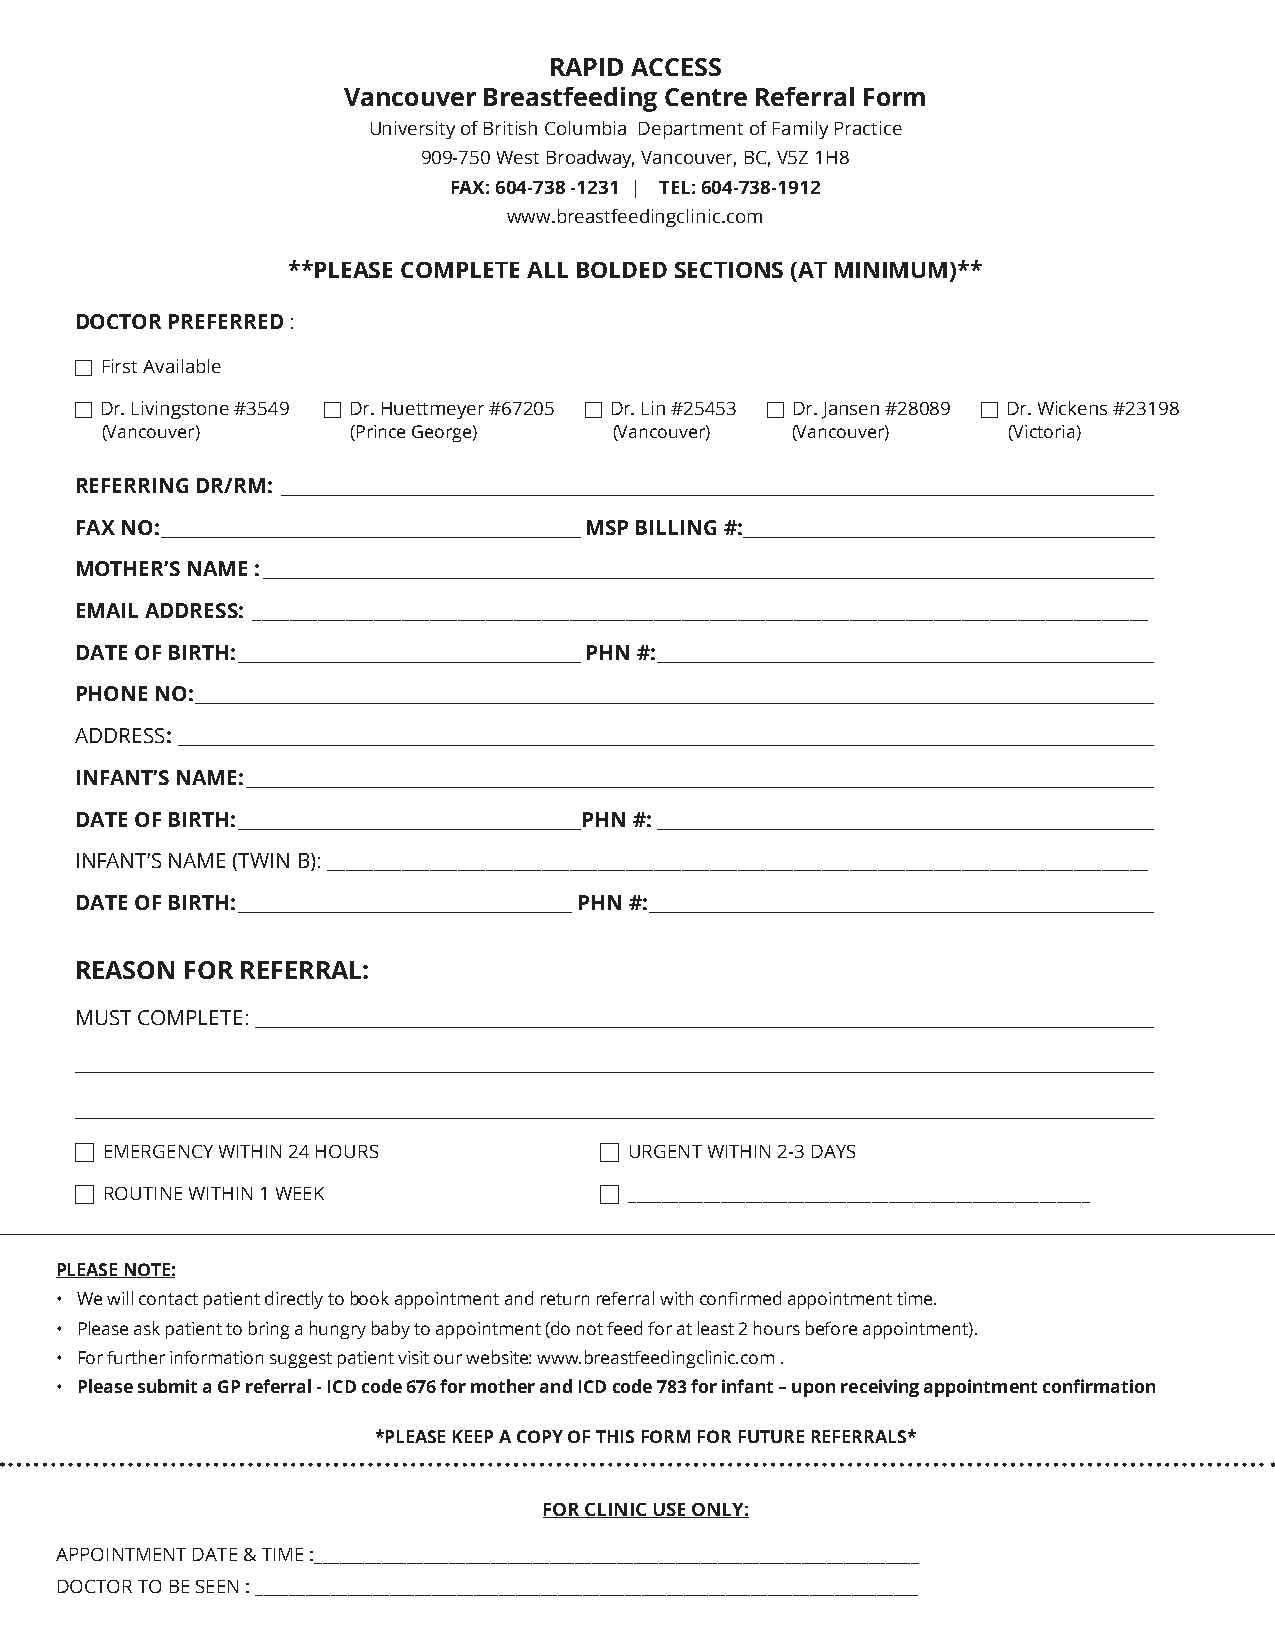
RAPID ACCESS
 Vancouver Breastfeeding Centre Referral Form
 University of British Columbia Department of Family Practice
 909-750 West Broadway, Vancouver, BC, V5Z 1H8
 FAX: 604-738 -1231 | TEL: 604-738-1912
 www.breastfeedingclinic.com
 **PLEASE COMPLETE ALL BOLDED SECTIONS (AT MINIMUM)**
 DOCTOR PREFERRED :
  First Available
  Dr. Livingstone #3549  Dr. Huettmeyer #67205  Dr. Lin #25453  Dr. Jansen #28089  Dr. Wickens #23198
 (Vancouver)     (Prince George)   (Vancouver) (Vancouver)   (Victoria)
 REFERRING DR/RM: ______________________________________________________________________________________________________
 FAX NO: _________________________________________________MSP BILLING #:________________________________________________
 MOTHER’S NAME : ________________________________________________________________________________________________________
 EMAIL ADDRESS: ________________________________________________________________________________________________
 DATE OF BIRTH: ________________________________________PHN #: __________________________________________________________
 PHONE NO: ________________________________________________________________________________________________________________
 ADDRESS: __________________________________________________________________________________________________________________
 INFANT’S NAME: __________________________________________________________________________________________________________
 DATE OF BIRTH: ________________________________________PHN #: __________________________________________________________
 INFANT’S NAME (TWIN B): ________________________________________________________________________________________
 DATE OF BIRTH: _______________________________________PHN #: ___________________________________________________________
 REASON FOR REFERRAL:
 MUST COMPLETE: _________________________________________________________________________________________________________
 ______________________________________________________________________________________________________________________________
 ______________________________________________________________________________________________________________________________
  EMERGENCY WITHIN 24 HOURS         URGENT WITHIN 2-3 DAYS
  ROUTINE WITHIN 1 WEEK             _______________________________________________________
 PLEASE NOTE:
 • We will contact patient directly to book appointment and return referral with confirmed appointment time.
 • Please ask patient to bring a hungry baby to appointment (do not feed for at least 2 hours before appointment).
 • For further information suggest patient visit our website: www.breastfeedingclinic.com .
 • Please submit a GP referral - ICD code 676 for mother and ICD code 783 for infant – upon receiving appointment confirmation
 *PLEASE KEEP A COPY OF THIS FORM FOR FUTURE REFERRALS*
 FOR CLINIC USE ONLY:
 APPOINTMENT DATE & TIME :________________________________________________________________________
 DOCTOR TO BE SEEN : _______________________________________________________________________________